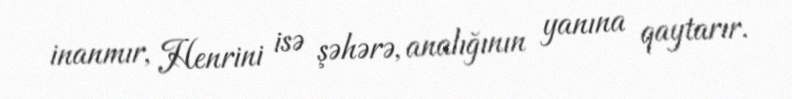
inanmır, Henrini isə şəhərə, analığının yanına qaytarır.